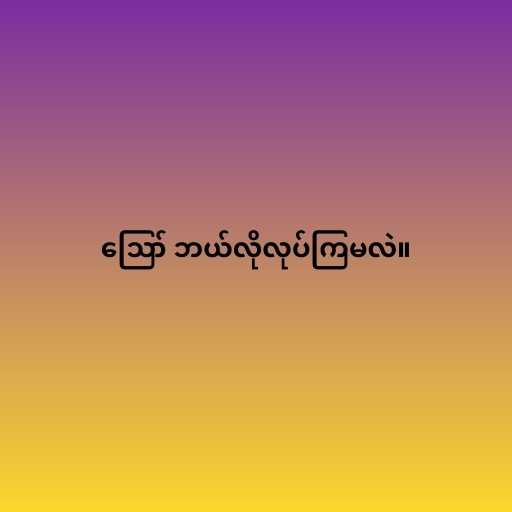
ဪ ဘယ်လိုလုပ်ကြမလဲ။